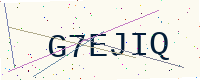
Text: G7EJIQ